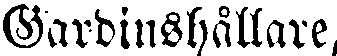
Gardinshållare,